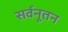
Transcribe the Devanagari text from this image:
सर्वनूतन